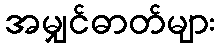
အမျှင်ဓာတ်များ